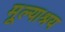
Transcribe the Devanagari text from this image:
मूल्याश्रय